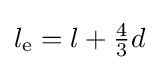
l_{\rm {e}}=l+{\tfrac {4}{3}}d